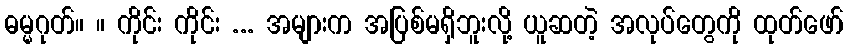
ဓမ္မဂုတ်။ ။ ကိုင်း ကိုင်း ... အများက အပြစ်မရှိဘူးလို့ ယူဆတဲ့ အလုပ်တွေကို ထုတ်ဖော်